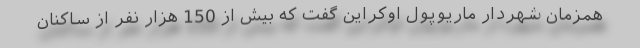
همزمان شهردار ماریوپول اوکراین گفت که بیش از 150 هزار نفر از ساکنان